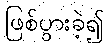
ဖြစ်ပွားခဲ့၍